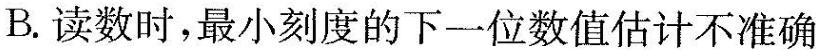
B. 读数时，最小刻度的下一位数值估计不准确